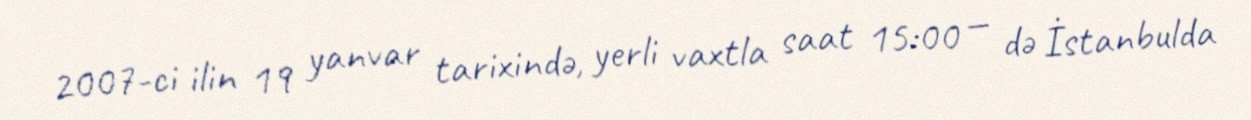
2007-ci ilin 19 yanvar tarixində, yerli vaxtla saat 15:00 — də İstanbulda